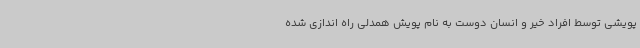
پویشی توسط افراد خیر و انسان دوست به نام پویش همدلی راه اندازی شده